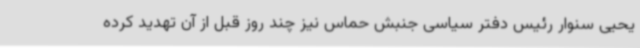
یحیی سنوار رئیس دفتر سیاسی جنبش حماس نیز چند روز قبل از آن تهدید کرده